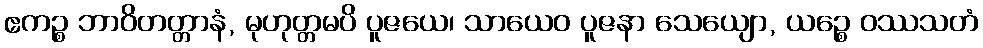
ဧကဉ္စ ဘာဝိတတ္တာနံ, မုဟုတ္တမပိ ပူဇယေ၊ သာယေဝ ပူဇနာ သေယျော, ယဉ္စေ ဝဿသတံ